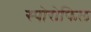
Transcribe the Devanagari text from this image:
स्पोरोफिल